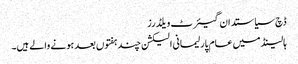
ڈچ سیاستدان گیئرٹ ویلڈرز
ہالینڈ میں عام پارلیمانی الیکشن چند ہفتوں بعد ہونے والے ہیں۔